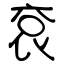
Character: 袞